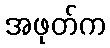
အဖုတ်က